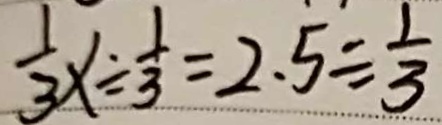
\frac { 1 } { 3 } x \div \frac { 1 } { 3 } = 2 . 5 \div \frac { 1 } { 3 }